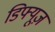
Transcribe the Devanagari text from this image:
डिफ्यूज़